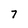
Character: 7